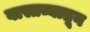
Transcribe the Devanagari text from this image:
वास्तव्यातून